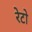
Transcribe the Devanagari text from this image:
रेटो